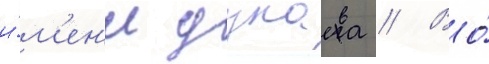
и́м'ен'и дунаева // Во́